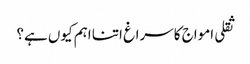
ثقلی امواج کا سراغ اتنا اہم کیوں ہے؟